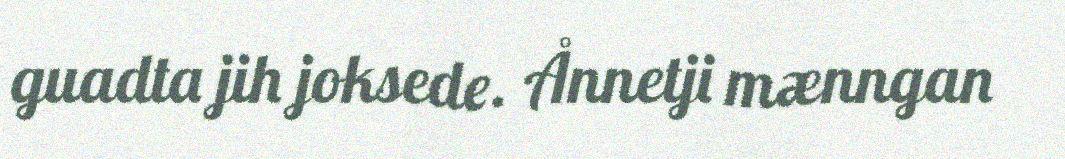
guadta jih joksede. Ånnetji mænngan